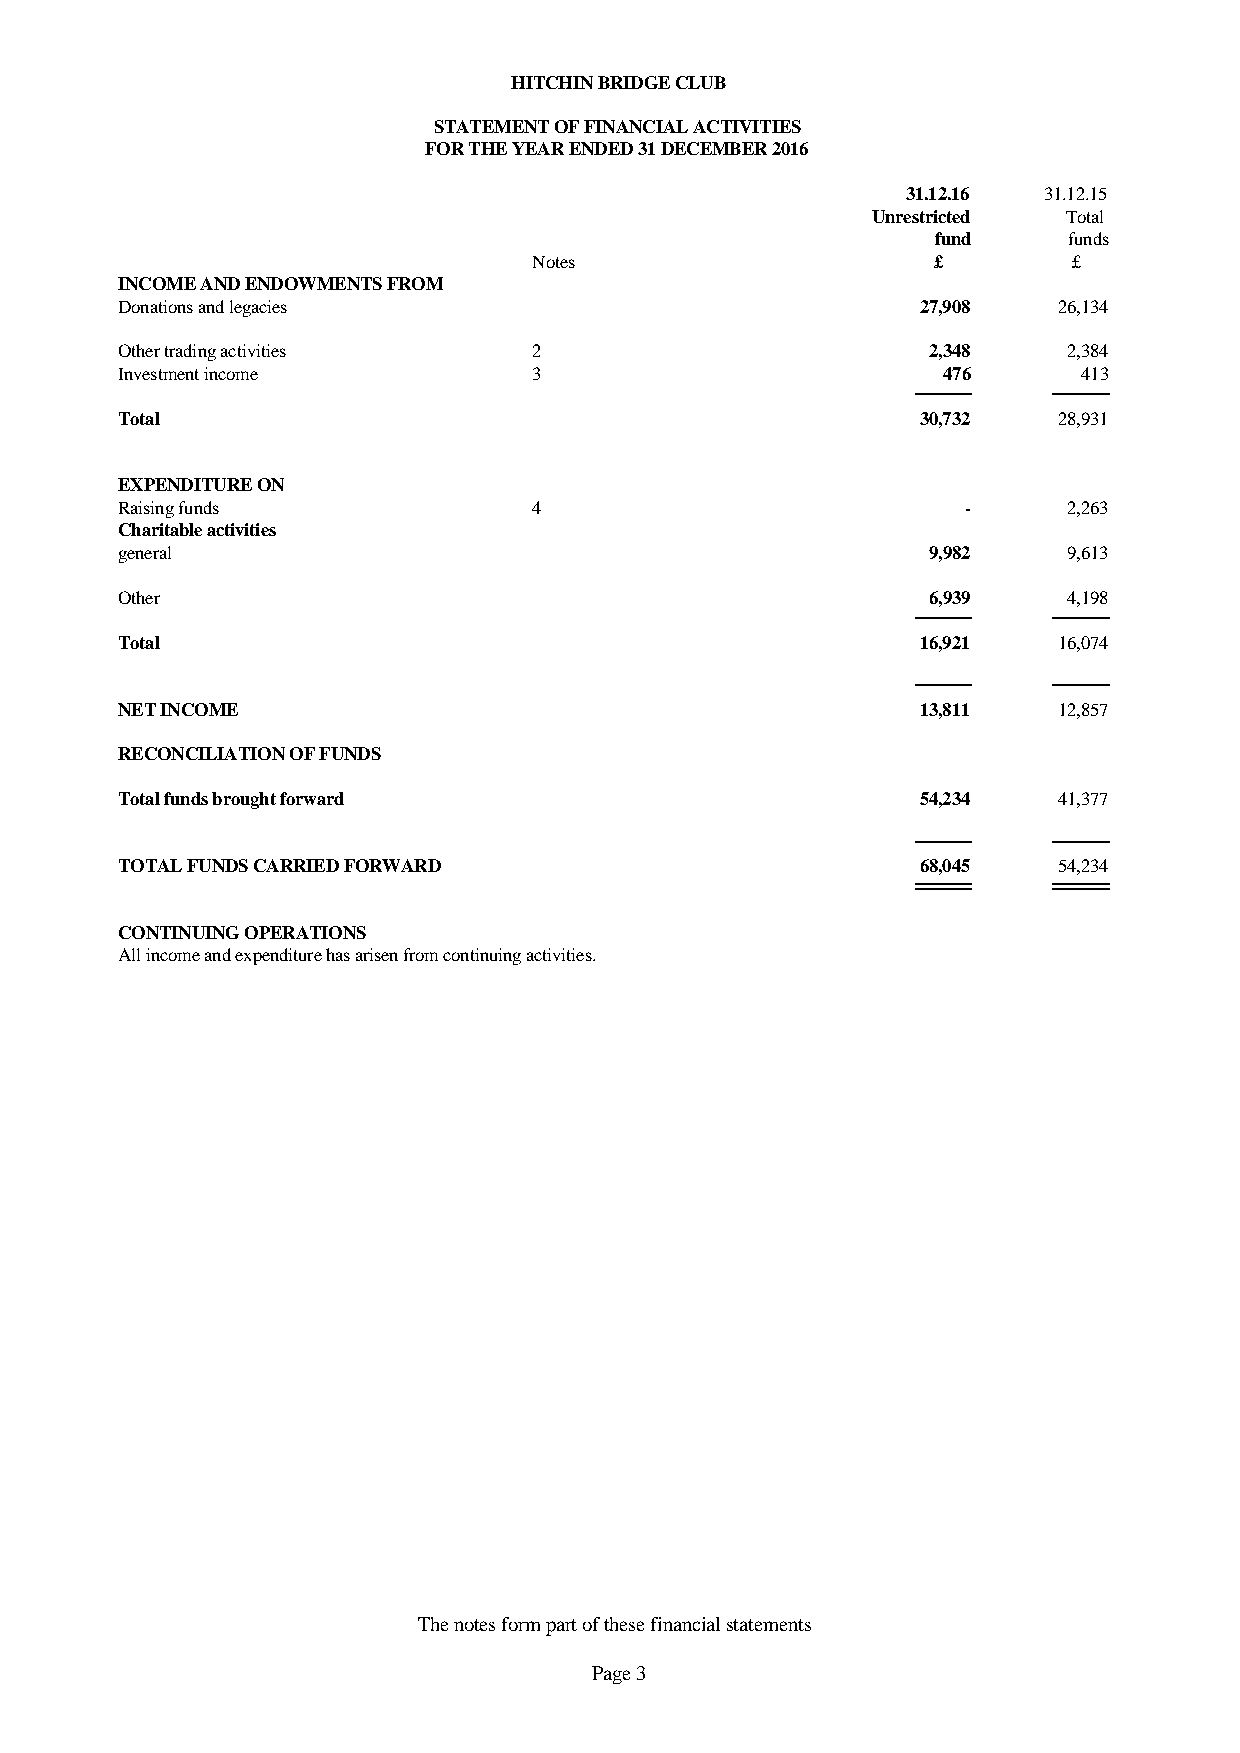
HITCHIN BRIDGE CLUB
 STATEMENT OF FINANCIAL ACTIVITIES
 FOR THE YEAR ENDED 31 DECEMBER 2016
 31.12.16 31.12.15
 Unrestricted Total
 fund     funds
 Notes                      £        £
 INCOME AND ENDOWMENTS FROM
 Donations and legacies                               27,908   26,134
 Other trading activities   2                         2,348     2,384
 Investment income          3                          476       413
 Total                                                30,732   28,931
 EXPENDITURE ON
 Raising funds              4                            -      2,263
 Charitable activities
 general                                              9,982     9,613
 Other                                                6,939     4,198
 Total                                                16,921   16,074
 NET INCOME                                           13,811   12,857
 RECONCILIATION OF FUNDS
 Total funds brought forward                          54,234   41,377
 TOTAL FUNDS CARRIED FORWARD                          68,045   54,234
 CONTINUING OPERATIONS
 All income and expenditure has arisen from continuing activities.
 The notes form part of these financial statements
 Page 3